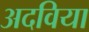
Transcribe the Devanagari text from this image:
अदविया